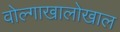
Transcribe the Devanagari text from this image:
वोल्गाखालोखाल